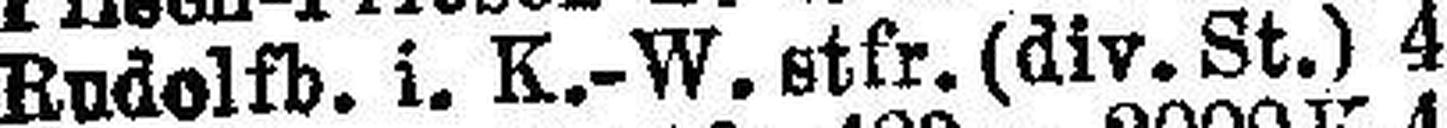
Rudolfb. i. K.-W. stfr. (div. St.) 4